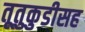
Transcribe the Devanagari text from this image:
तूतुकुडीसह